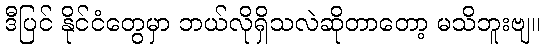
ဒီပြင် နိုင်ငံတွေမှာ ဘယ်လိုရှိသလဲဆိုတာတော့ မသိဘူးဗျ။